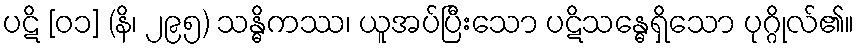
ပဋိ [၀၁] (နိ၊ ၂၉၅) သန္ဓိကဿ၊ ယူအပ်ပြီးသော ပဋိသန္ဓေရှိသော ပုဂ္ဂိုလ်၏။